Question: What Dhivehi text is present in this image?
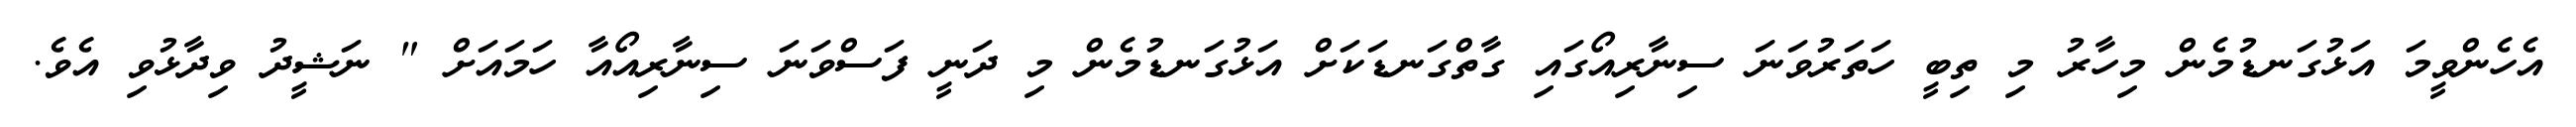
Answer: އެހެންވީމަ އަޅުގަނޑުމެން މިހާރު މި ތިބީ ހަތަރުވަނަ ސިނާރިއޯގައި ގާތްގަނޑަކަށް އަޅުގަނޑުމެން މި ދަނީ ފަސްވަނަ ސިނާރިއޯއާ ހަމައަށް " ނަޝީދު ވިދާޅުވި އެވެ.